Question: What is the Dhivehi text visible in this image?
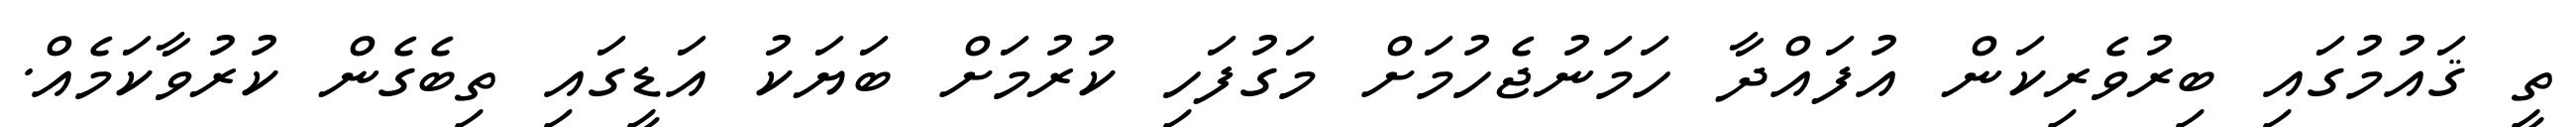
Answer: ތީ ޤައުމުގައި ބިރުވެރިކަން އުފައްދާ ހަމަނުޖެހުމަށް މަގުފަހި ކުރުމަށް ބަޔަކު އަޑީގައި ތިބެގެން ކުރުވާކަމެއް.